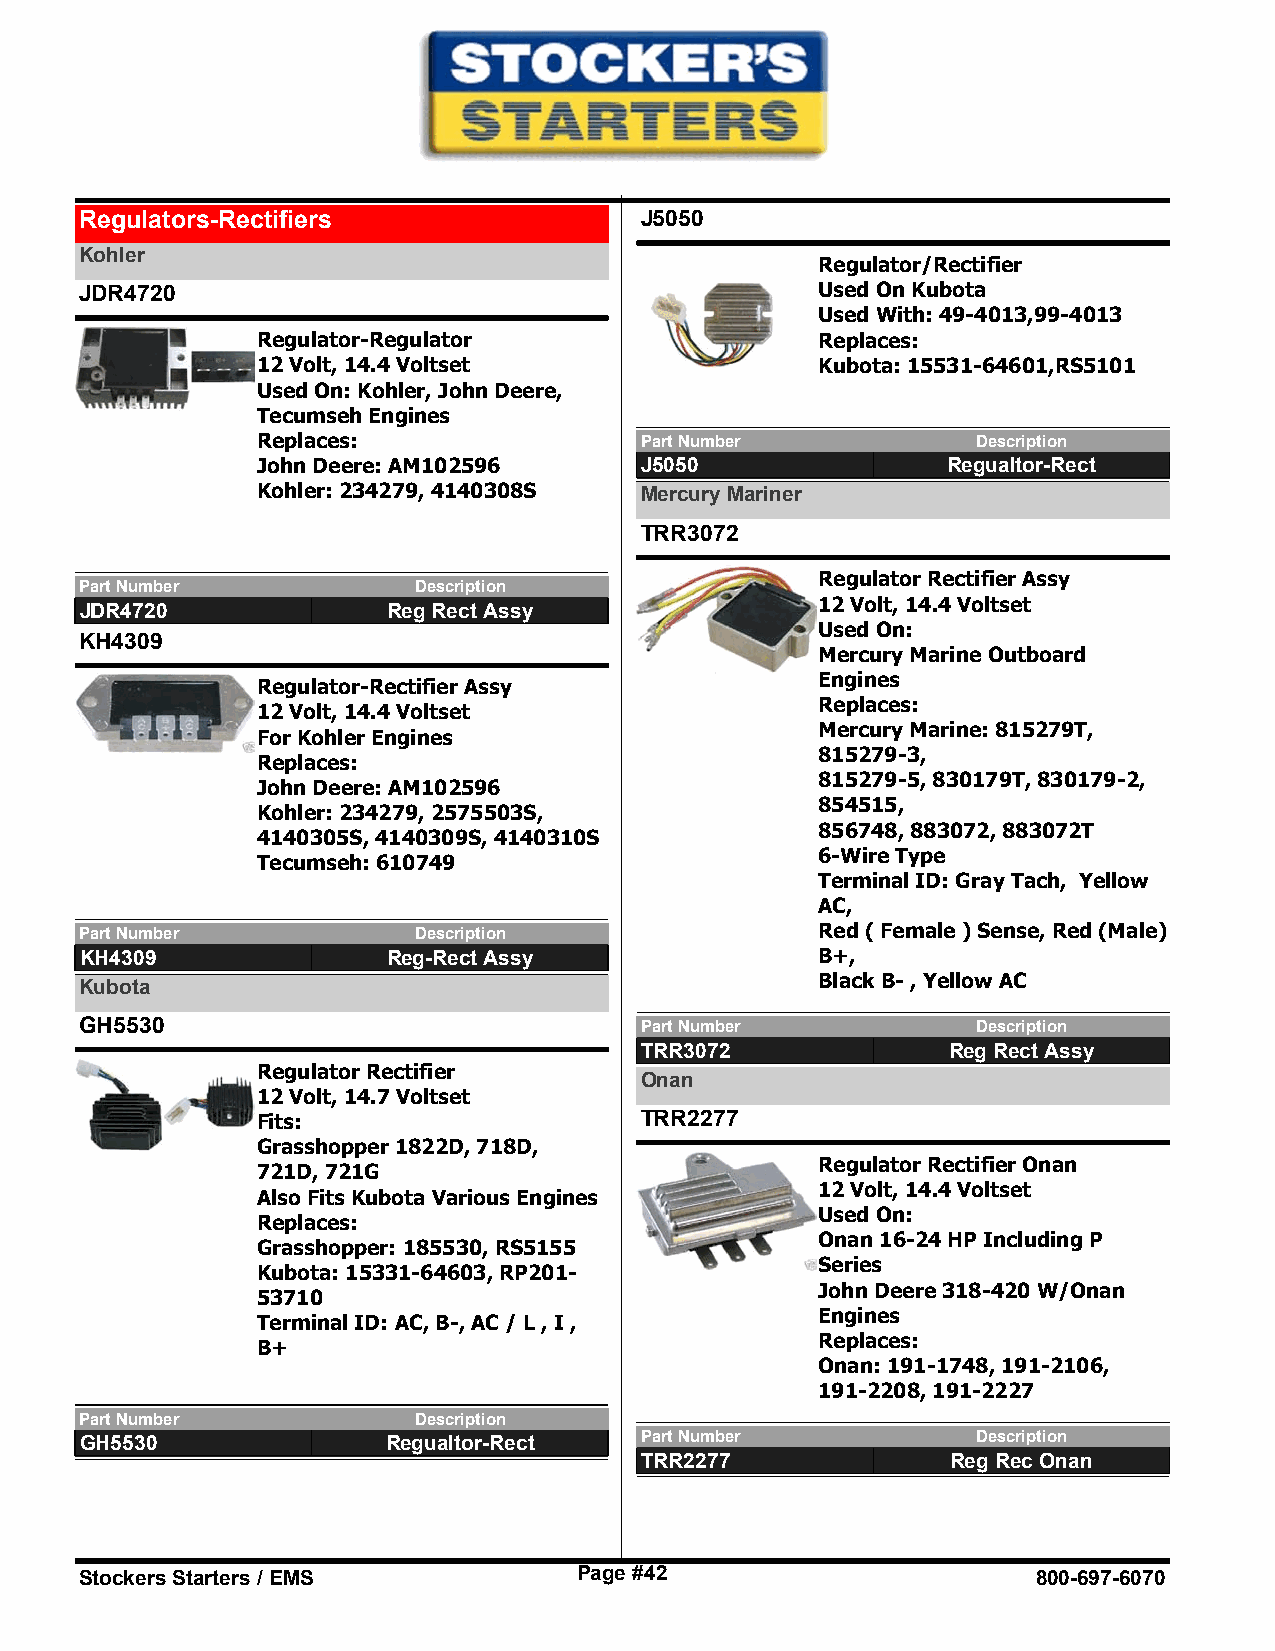
Regulators-Rectifiers                J5050
 Kohler
 Regulator/Rectifier
 JDR4720                                          Used On Kubota
 Used With: 49-4013,99-4013
 Regulator-Regulator                  Replaces:
 12 Volt, 14.4 Voltset                Kubota: 15531-64601,RS5101
 Used On: Kohler, John Deere,
 Tecumseh Engines
 Replaces:                Part Number            Description
 John Deere: AM102596     J5050                Regualtor-Rect
 Kohler: 234279, 4140308S Mercury Mariner
 TRR3072
 Regulator Rectifier Assy
 Part Number           Description
 12 Volt, 14.4 Voltset
 JDR4720              Reg Rect Assy
 Used On:
 KH4309
 Mercury Marine Outboard
 Engines
 Regulator-Rectifier Assy
 Replaces:
 12 Volt, 14.4 Voltset
 Mercury Marine: 815279T,
 For Kohler Engines
 815279-3,
 Replaces:
 815279-5, 830179T, 830179-2,
 John Deere: AM102596
 854515,
 Kohler: 234279, 2575503S,
 856748, 883072, 883072T
 4140305S, 4140309S, 4140310S
 6-Wire Type
 Tecumseh: 610749
 Terminal ID: Gray Tach, Yellow
 AC,
 Part Number           Description                Red ( Female ) Sense, Red (Male)
 KH4309               Reg-Rect Assy               B+,
 Kubota                                           Black B- , Yellow AC
 GH5530                               Part Number            Description
 TRR3072              Reg Rect Assy
 Regulator Rectifier
 Onan
 12 Volt, 14.7 Voltset
 Fits:                    TRR2277
 Grasshopper 1822D, 718D,
 Regulator Rectifier Onan
 721D, 721G
 12 Volt, 14.4 Voltset
 Also Fits Kubota Various Engines
 Used On:
 Replaces:
 Onan 16-24 HP Including P
 Grasshopper: 185530, RS5155
 Series
 Kubota: 15331-64603, RP201-
 John Deere 318-420 W/Onan
 53710
 Engines
 Terminal ID: AC, B-, AC / L , I ,
 Replaces:
 B+
 Onan: 191-1748, 191-2106,
 191-2208, 191-2227
 Part Number           Description
 GH5530               Regualtor-Rect  Part Number            Description
 TRR2277              Reg Rec Onan
 Stockers Starters / EMS          Page #42                       800-697-6070